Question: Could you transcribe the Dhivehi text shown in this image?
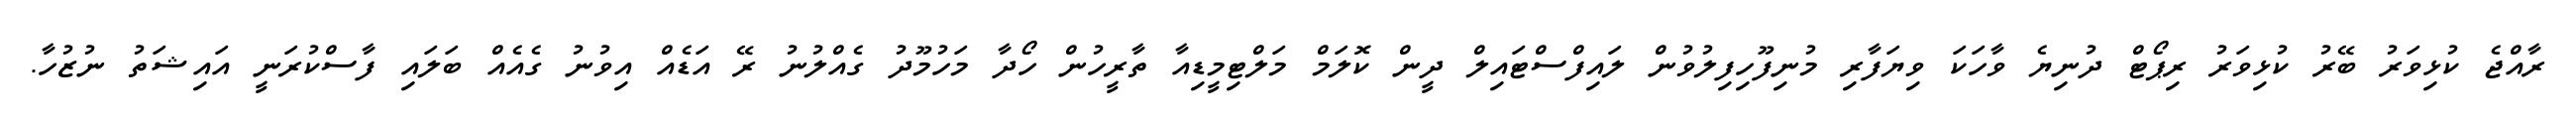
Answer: ރާއްޖެ ކުޅިވަރު ބޭރު ކުޅިވަރު ރިޕޯޓް ދުނިޔެ ވާހަކަ ވިޔަފާރި މުނިފޫހިފިލުވުން ލައިފްސްޓައިލް ދީން ކޮލަމް މަލްޓިމީޑިއާ ތާރީހުން ހޯދާ މަހުމޫދު ގެއްލުނު ރޭ އަޑެއް އިވުނު ގެއެއް ބަލައި ފާސްކުރަނީ އައިޝަތު ނުޒުހާ.